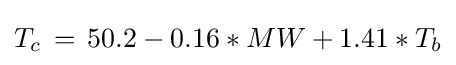
T_{c}\,=\,50.2-0.16*MW+1.41*T_{b}